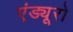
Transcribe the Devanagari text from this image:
एंड्यूरो